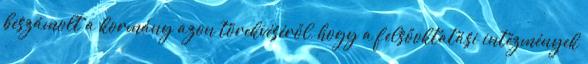
beszámolt a kormány azon törekvéséről, hogy a felsőoktatási intézmények